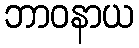
ဘာဝနာယ